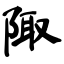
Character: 陬